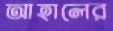
আহালের